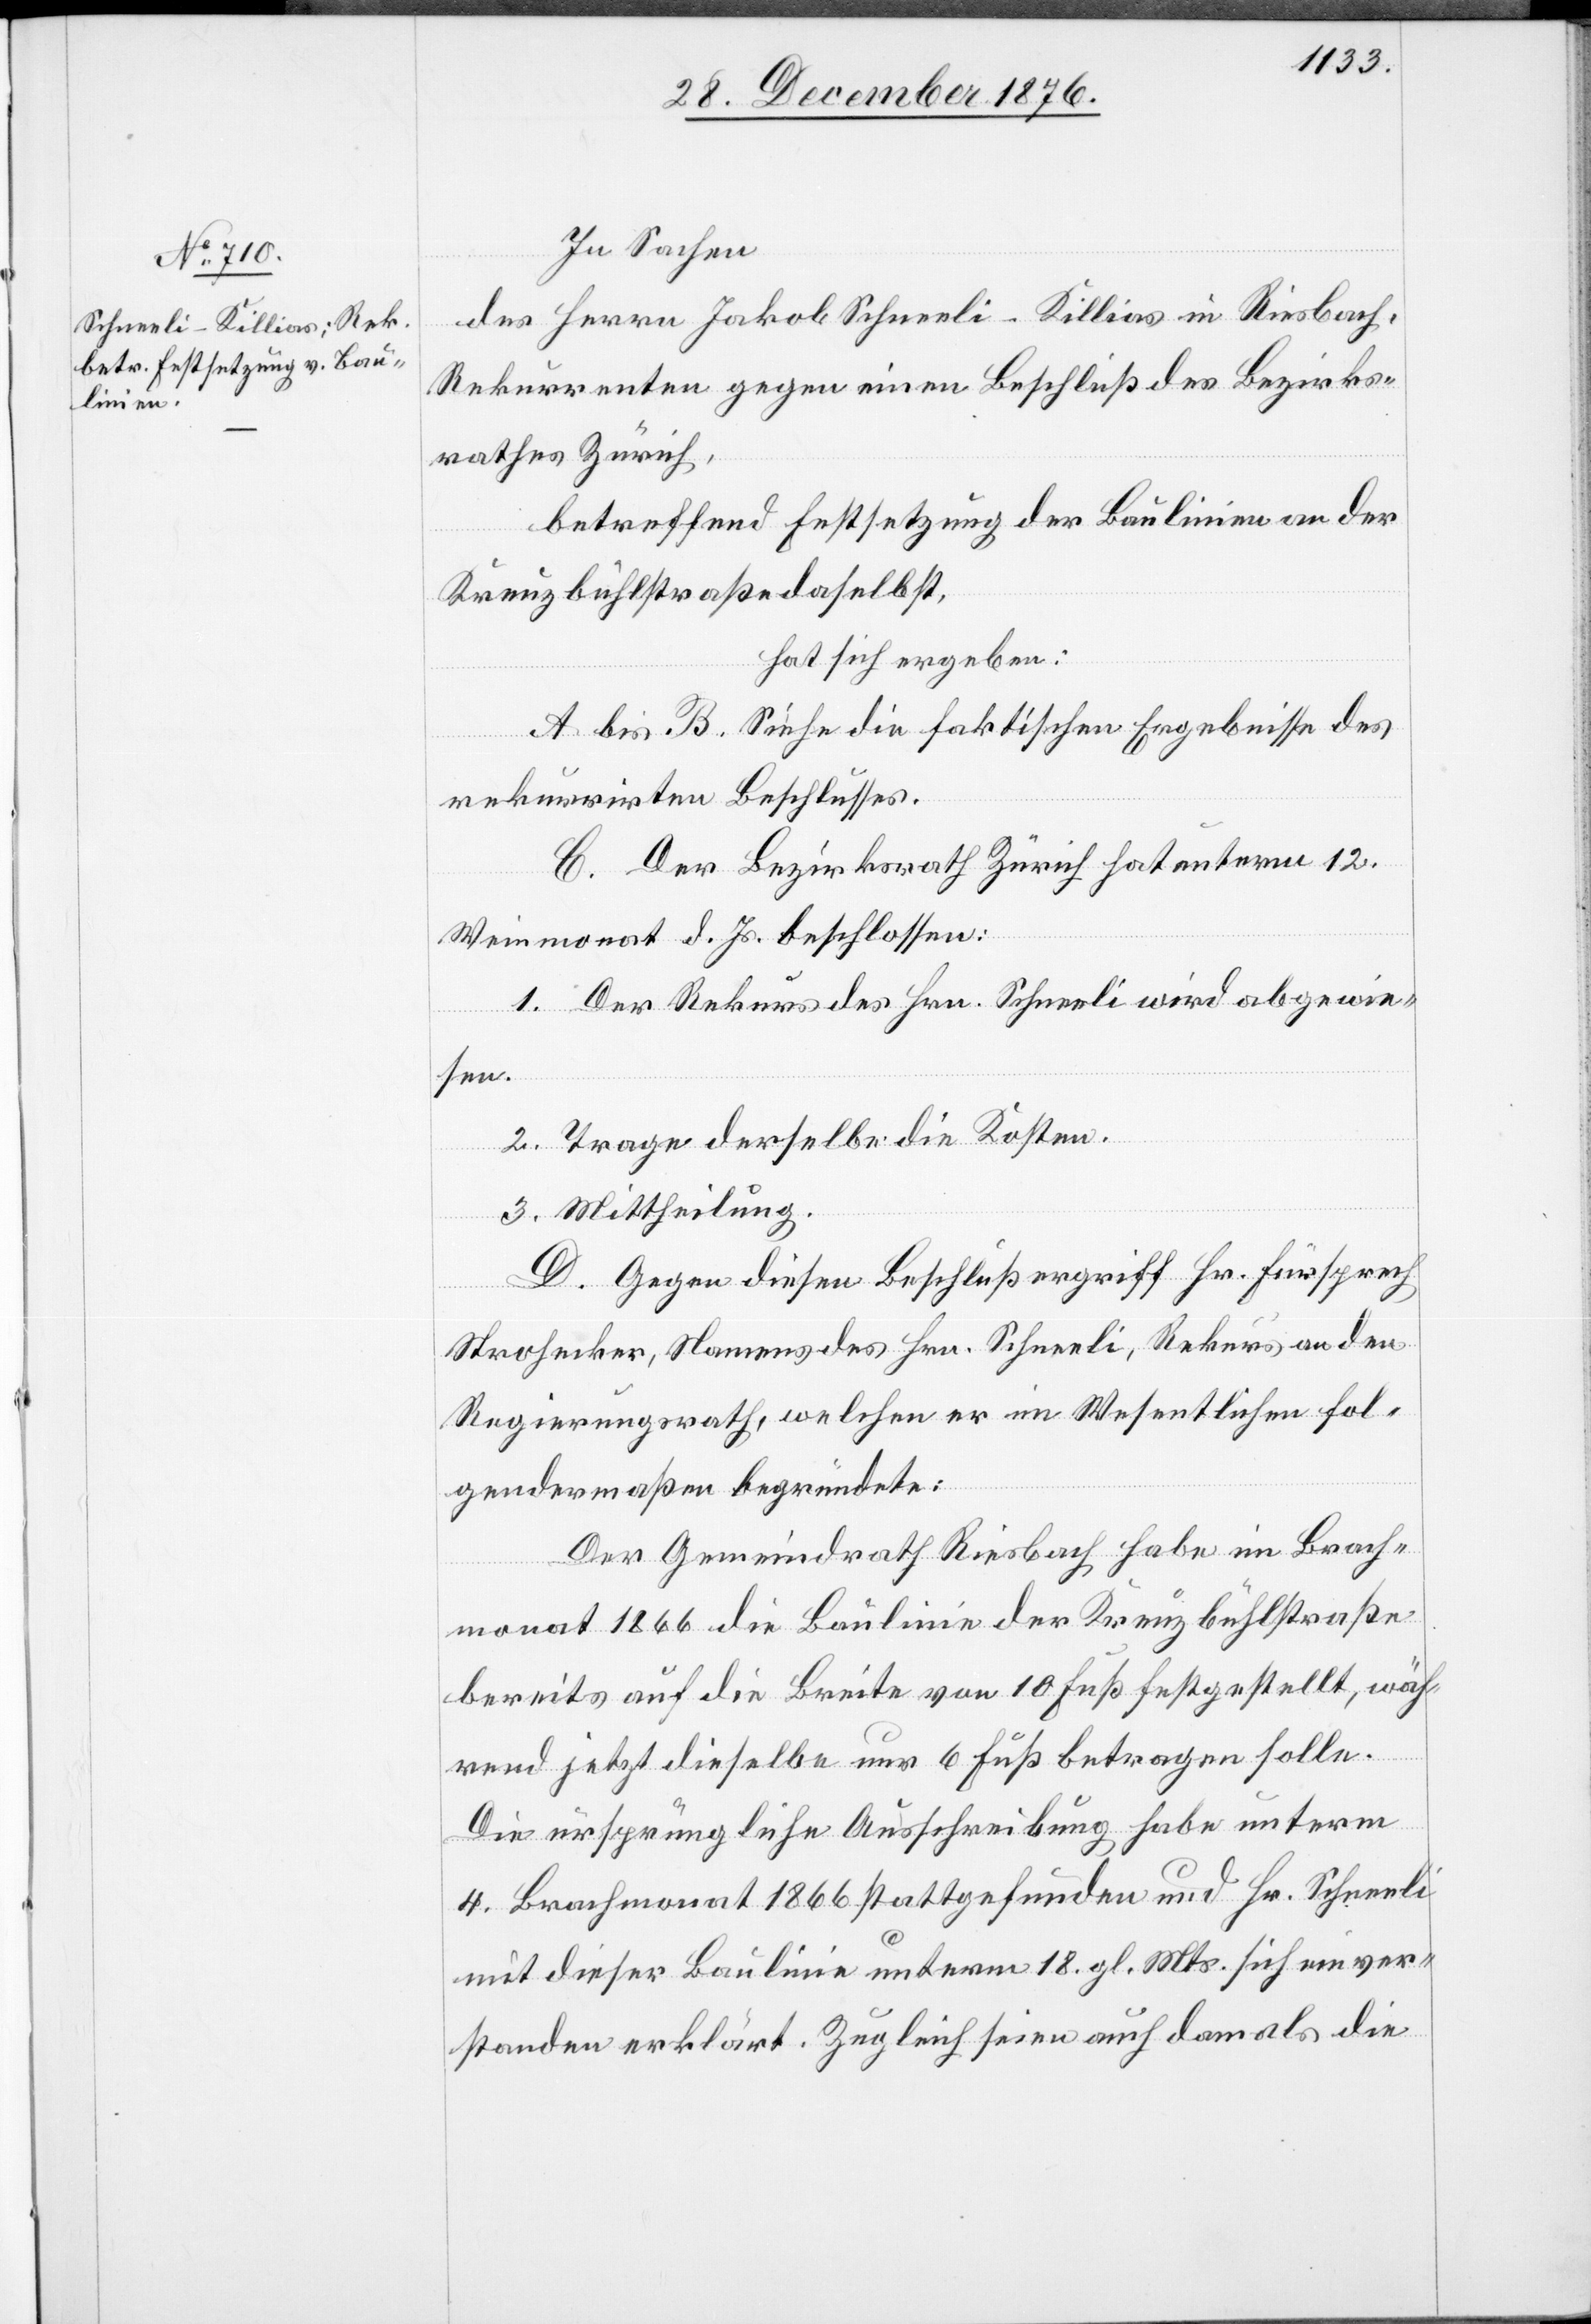
In Sachen
des Herrn Jakob Schneeli-Killias in Riesbach,
Rekurrenten gegen einen Beschluß des Bezirks¬
rathes Zürich,
betreffend Festsetzung der Baulinien an der
Kreuzbühlstraße daselbst,
hat sich ergeben:
A bis B. Siehe die faktischen Ergebnisse des
rekurrirten Beschlusses.
C. Der Bezirksrath Zürich hat unterm 12.
Weinmonat d. Js. beschlossen:
1. Der Rekurs des Hrn. Schneeli wird abgewie¬
sen.
2. Trage derselbe die Kosten.
3. Mittheilung.
D. Gegen diesen Beschluß ergriff Hr. Fürsprech
Strohecker, Namens des Hrn. Schneeli, Rekurs an den
Regierungsrath, welchen er im Wesentlichen fol¬
gendermaßen begründete:
Der Gemeindrath Riesbach habe im Brach¬
monat 1866 die Baulinie der Kreuzbühlstraße
bereits auf die Breite von 10 Fuß festgestellt, wäh¬
rend jetzt dieselbe nur 6 Fuß betragen solle.
Die ursprüngliche Ausschreibung habe unterm
4. Brachmonat 1866 stattgefunden und Hr. Schneeli
mit dieser Baulinie unterm 18. gl. Mts. sich einver¬
standen erklärt. Zugleich seien auch damals die